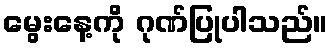
မွေးနေ့ကို ဂုဏ်ပြုပါသည်။